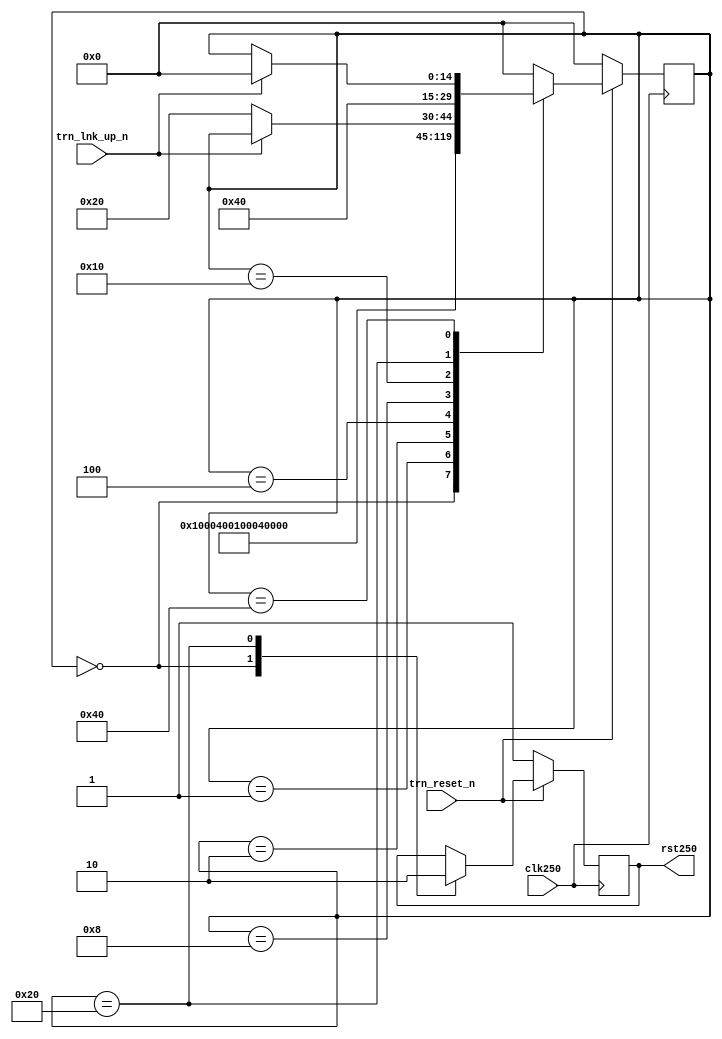
/*******************************************************************************
*
*  NetFPGA-10G http://www.netfpga.org
*
*  File:
*        ep_rst.v
*
*  Project:
*
*
*  Author:
*        Marco Forconesi
*
*  Description:
*        Synchronizes active high reset
*
*
*    This code is initially developed for the Network-as-a-Service (NaaS) project.
*
*  Copyright notice:
*        Copyright (C) 2014 University of Cambridge
*
*  Licence:
*        This file is part of the NetFPGA 10G development base package.
*
*        This file is free code: you can redistribute it and/or modify it under
*        the terms of the GNU Lesser General Public License version 2.1 as
*        published by the Free Software Foundation.
*
*        This package is distributed in the hope that it will be useful, but
*        WITHOUT ANY WARRANTY; without even the implied warranty of
*        MERCHANTABILITY or FITNESS FOR A PARTICULAR PURPOSE.  See the GNU
*        Lesser General Public License for more details.
*
*        You should have received a copy of the GNU Lesser General Public
*        License along with the NetFPGA source package.  If not, see
*        http://www.gnu.org/licenses/.
*
*/

//////////////////////////////////////////////////////////////////////////////////////////////
//////////////////////////////////////////////////////////////////////////////////////////////
`timescale 1ns / 1ps
//`default_nettype none

module ep_rst (

    input                    clk250,
    input                    trn_reset_n,
    input                    trn_lnk_up_n,
    output reg               rst250
    );

    // localparam
    localparam s0  = 15'b000000000000000;
    localparam s1  = 15'b000000000000001;
    localparam s2  = 15'b000000000000010;
    localparam s3  = 15'b000000000000100;
    localparam s4  = 15'b000000000001000;
    localparam s5  = 15'b000000000010000;
    localparam s6  = 15'b000000000100000;
    localparam s7  = 15'b000000001000000;
    localparam s8  = 15'b000000010000000;
    localparam s9  = 15'b000000100000000;
    localparam s10 = 15'b000001000000000;
    localparam s11 = 15'b000010000000000;
    localparam s12 = 15'b000100000000000;
    localparam s13 = 15'b001000000000000;
    localparam s14 = 15'b010000000000000;
    localparam s15 = 15'b100000000000000;

    //-------------------------------------------------------
    // Local reset
    //-------------------------------------------------------
    reg          [14:0]      reset_fsm = 'b0;

    ////////////////////////////////////////////////
    // reset
    ////////////////////////////////////////////////
    always @(posedge clk250) begin

        if (!trn_reset_n) begin  // reset
            rst250 <= 1'b1;
            reset_fsm <= s0;
        end
        
        else begin  // not reset

            case (reset_fsm)

                s0 : begin
                    rst250 <= 1'b1;
                    reset_fsm <= s1;
                end

                s1 : reset_fsm <= s2;
                s2 : reset_fsm <= s3;
                s3 : reset_fsm <= s4;
                s4 : reset_fsm <= s5;

                s5 : begin
                    if (!trn_lnk_up_n) begin
                        reset_fsm <= s6;
                    end
                end

                s6 : begin
                    rst250 <= 1'b0;
                    reset_fsm <= s7;
                end

                s7 : begin
                    if (trn_lnk_up_n) begin
                        reset_fsm <= s0;
                    end
                end

                default : begin 
                    reset_fsm <= s0;
                end

            endcase
        end     // not reset
    end  //always

endmodule // ep_rst

//////////////////////////////////////////////////////////////////////////////////////////////
//////////////////////////////////////////////////////////////////////////////////////////////